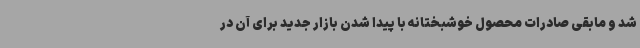
شد و مابقی صادرات محصول خوشبختانه با پیدا شدن بازار جدید برای آن در